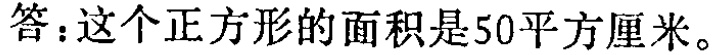
答：这个正方形的面积是50平方厘米。